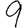
Digit: 9